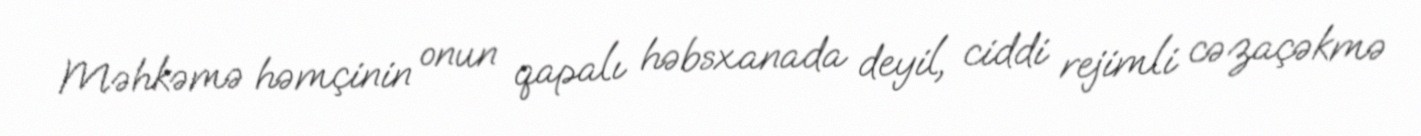
Məhkəmə həmçinin onun qapalı həbsxanada deyil, ciddi rejimli cəzaçəkmə